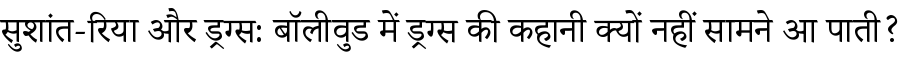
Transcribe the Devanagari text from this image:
सुशांत-रिया और ड्रग्स: बॉलीवुड में ड्रग्स की कहानी क्यों नहीं सामने आ पाती?